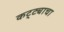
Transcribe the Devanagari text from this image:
कट्ट्याचा